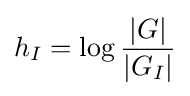
h_{I}=\log {\frac {|G|}{|G_{I}|}}